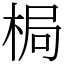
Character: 梮